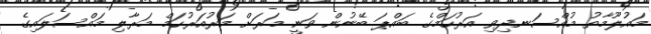
މައުލޫމާތު މުއްސަނދިވި އަރުހަމްގެ ބައްޕަ ބޭނުން ވަނީ މަރަށް މަރުއަރުހަމް މަރާލި މައްސަލައިގެ